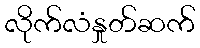
လိုက်လံနှုတ်ဆက်